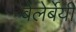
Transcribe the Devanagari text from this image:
बेलेर्बेयी